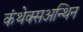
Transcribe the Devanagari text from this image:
कंथेक्सअन्थिन